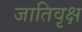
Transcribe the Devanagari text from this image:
जातिवृक्ष